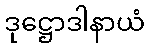
ဒုဋ္ဌောဒါနာယံ